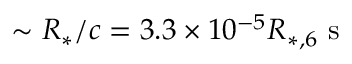
\sim R _ { * } / c = 3 . 3 \times 1 0 ^ { - 5 } R _ { * , 6 } \mathrm { ~ s ~ }